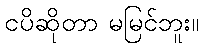
ငပိဆိုတာ မမြင်ဘူး။